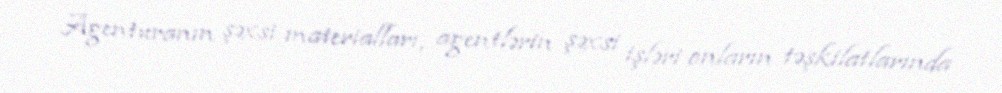
Agenturanın şəxsi materialları, agentlərin şəxsi işləri onların təşkilatlarında